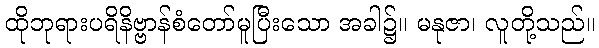
ထိုဘုရားပရိနိဗ္ဗာန်စံတော်မူပြီးသော အခါ၌။ မနုဇာ၊ လူတို့သည်။